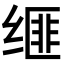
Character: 𦈗